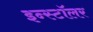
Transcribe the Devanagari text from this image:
इन्स्टॉलर